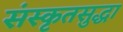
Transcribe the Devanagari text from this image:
संस्कृतसुद्धा